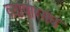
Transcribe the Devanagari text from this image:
व्यापारसंघ